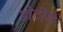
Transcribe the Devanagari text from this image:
डोटीमे